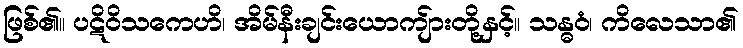
ဖြစ်၏။ ပဋိဝိသကေဟိ၊ အိမ်နီးချင်းယောကျ်ားတို့နှင့်။ သန္ဓဝံ၊ ကိလေသာ၏